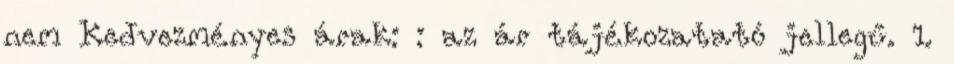
nem Kedvezményes árak: : az ár tájékozatató jellegű. 1.